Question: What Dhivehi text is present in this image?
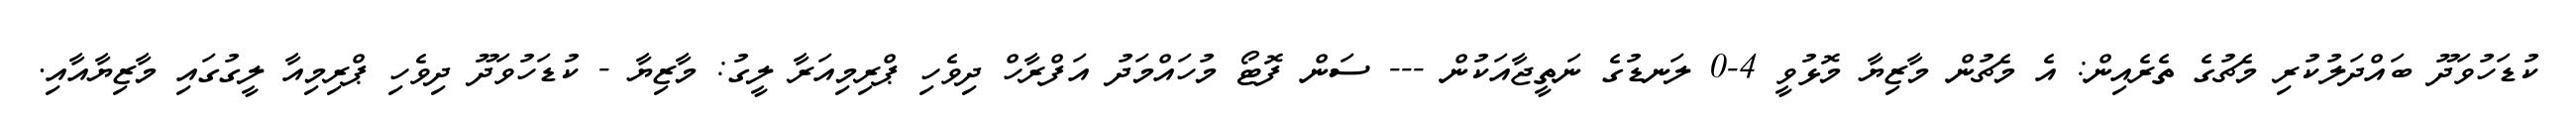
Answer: ކުޑަހުވަދޫ ބައްދަލުކުރި މެޗުގެ ތެރެއިން: އެ މެޗުން މާޒިޔާ މޮޅުވީ 4-0 ލަނޑުގެ ނަތީޖާއަކުން --- ސަން ފޮޓޯ މުހައްމަދު އަފްރާހް ދިވެހި ޕްރިމިއަރާ ލީގު: މާޒިޔާ - ކުޑަހުވަދޫ ދިވެހި ޕްރިމިއާ ލީގުގައި މާޒިޔާއާއި.